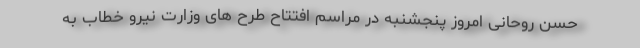
حسن روحانی امروز پنجشنبه در مراسم افتتاح طرح های وزارت نیرو خطاب به